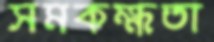
সমকক্ষতা